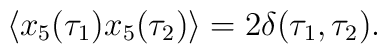
\langle x_5(\tau_1) x_5(\tau_2)\rangle       = 2\delta(\tau_1,\tau_2).